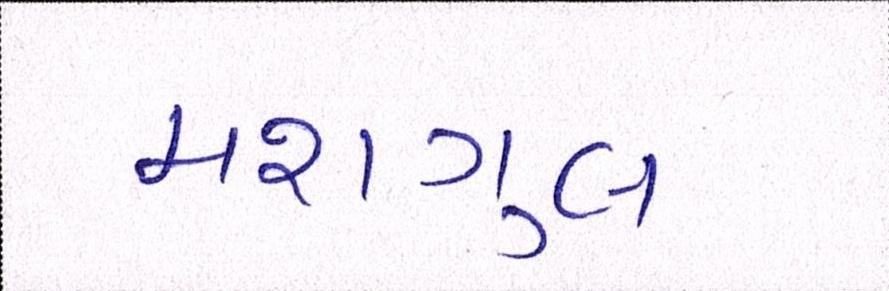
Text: મશગુલ